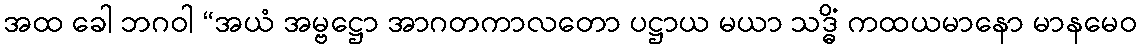
အထ ခေါ ဘဂဝါ “အယံ အမ္ဗဋ္ဌော အာဂတကာလတော ပဋ္ဌာယ မယာ သဒ္ဓိံ ကထယမာနော မာနမေဝ